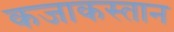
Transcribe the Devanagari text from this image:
कजाकस्तान